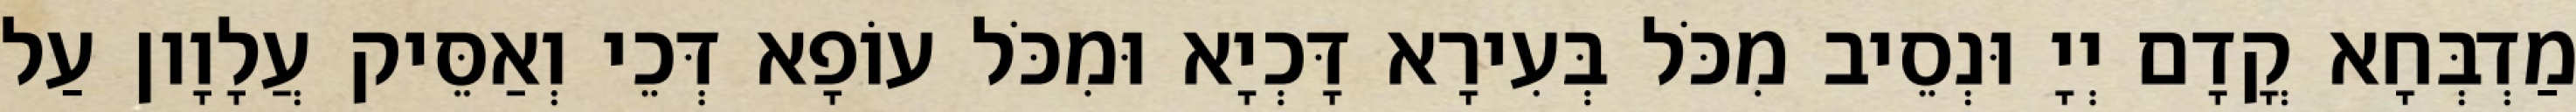
מַדְבְּחָא קֳדָם יְיָ וּנְסֵיב מִכֹּל בְּעִירָא דָּכְיָא וּמִכֹּל עוֹפָא דְּכֵי וְאַסֵּיק עֲלָוָון עַל